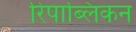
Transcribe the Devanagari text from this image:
रिपाब्लिकन